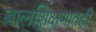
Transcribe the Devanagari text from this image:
बालशिक्षणातही